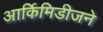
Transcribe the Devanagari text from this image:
आर्किमिडीजने